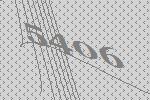
5406